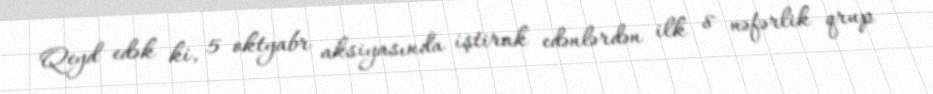
Qeyd edək ki, 5 oktyabr aksiyasında iştirak edənlərdən ilk 8 nəfərlik qrup